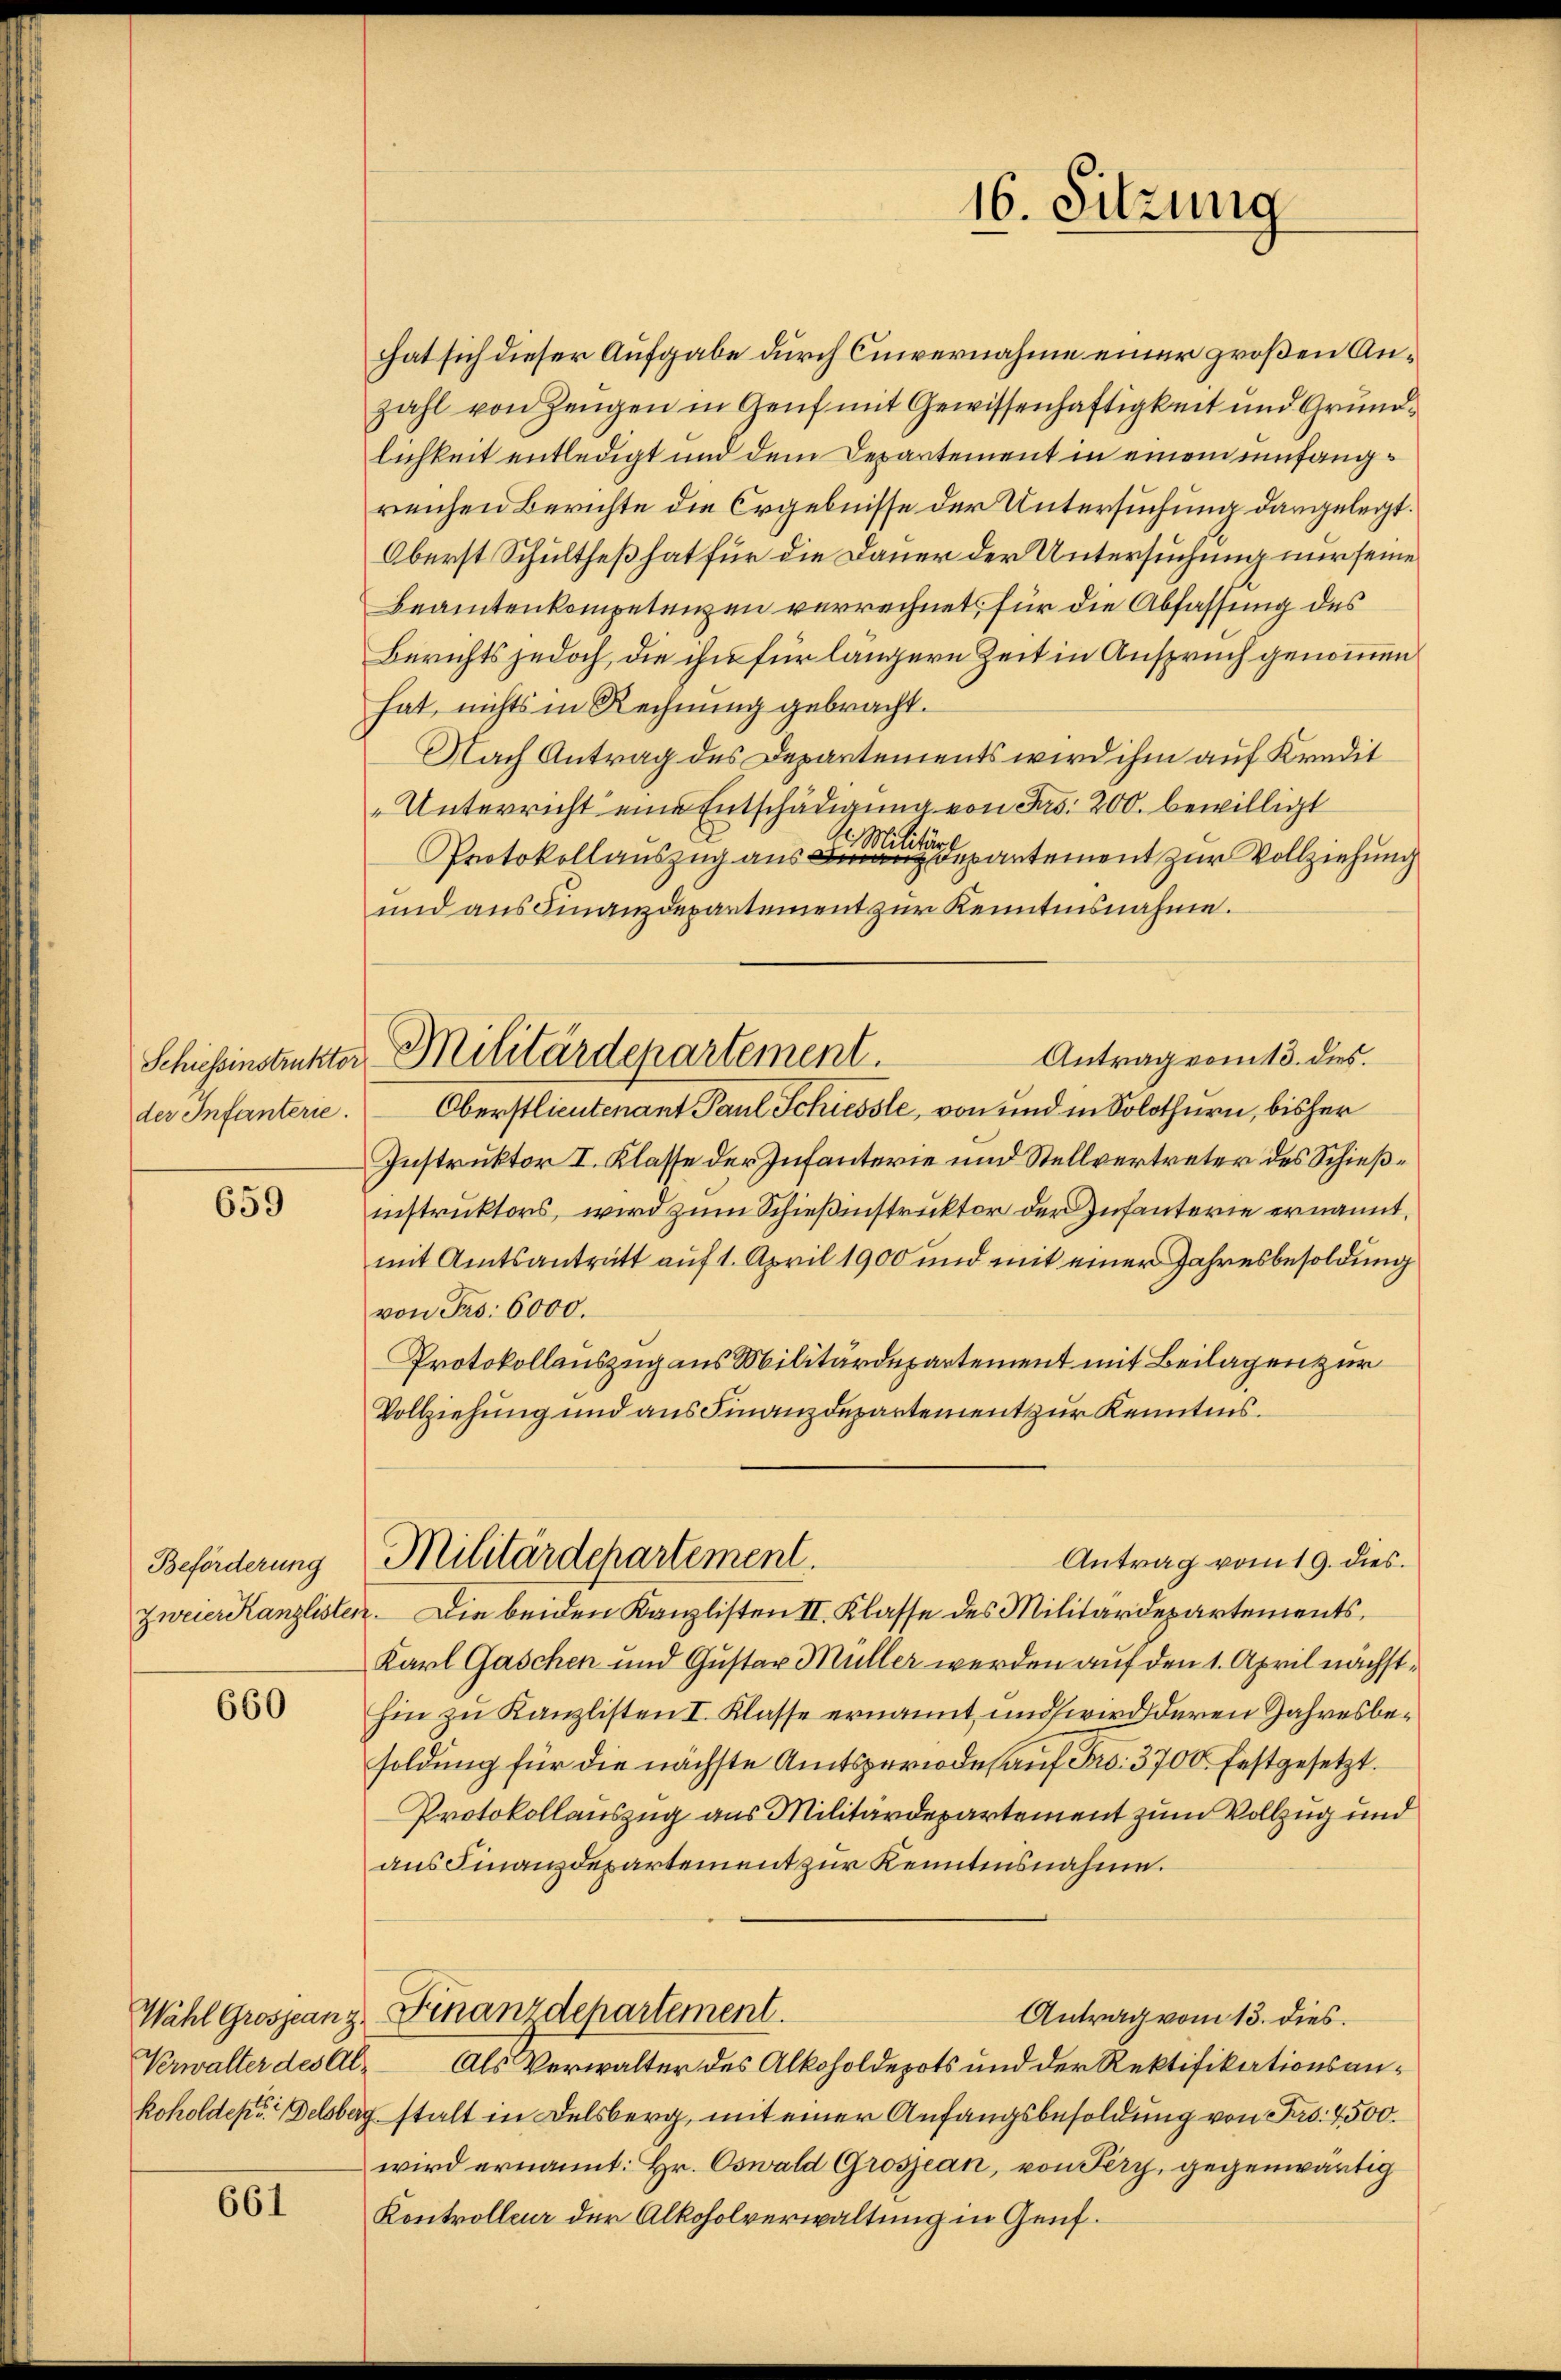
Schiessinstruktor
der Infanterie.

659

Beförderung
zweier Kanzlister

660

Wahl Grosseanz.
Verwalter des Al¬

661

Militärdepartement.

hat sich dieser Aufgabe durch Cinvernahme einer großen Anzahl von Zeugen in Genf mit Gewissenhaftigkeit und Grundlichkeit entledigt und dem Departement in einem umfangreichen Berichte die Ergebnisse der Untersuchung dargelegt.
Oberst Schultheß hat für die Dauer der Untersuchung nur seine
Beamtenkompetenzen verrechnet, für die Abfassung des
Berichts jedoch, die ihn für längern Zeit in Anspruch genommen
hat, nichts in Rechnung gebracht.
Nach Antrag des Departements wird ihm auf Kredit
„Unterricht eine Entschädigung von Frs. 200. bewilligt
Protokollauszug aus partement zur Vollziehung
und aus Finanzdepartement zur Kenntnisnahme.
Antrag vom 13. dies.
Oberstlieutenant Paul Schusste, von und in Solothurn, bisher
Instruktor I. Klasse der Infanterie und Stellvertreter des Schießinstruktors, wird zum Schießinstruktor der Infanterie ernannt,
mit Amtsantratt auf 1. April 1900 und mit einer Jahresbesoldung
von Frs. 6000.
Protokollauszug aus Militärdepartement mit Beilagen zur
Vollziehung und aus Finanzdepartement zur Kenntnis.
Antrag vom 19. dies
Militärdepartement
. Die beiden Kanzlisten II. Klasse des Militärdepartements¬
Karl Gaschen und Gustav Müller werden auf den 1. April nächsthin zu Kanzlisten I. Klasse ernannt, und wird deren Jahresbesoldung für die nächste Amtsperiode auf Fr. 3700 festgesetzt.
Protokollauszug aus Militärdepartement zum Vollzug und
aus Finanzdepartement zur Kenntnisnahme.
Finanzdepartement.
Antrag vom 13. dies.
Als Verwalter des Alkoholdepots und der Rektifikationsankoholden Delsberg stalt in Delsberg, mit einer Anfangsbesoldung von Fr. 4500.
wird ernannt: Hr. Oswald Grosjean, von Sery, gegenwärtig
Kontrolleur der Alkoholverwaltung in Genf.

16. Sitzung